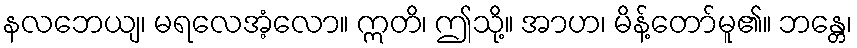
နလဘေယျ၊ မရလေအံ့လော။ ဣတိ၊ ဤသို့။ အာဟ၊ မိန့်တော်မူ၏။ ဘန္တေ၊